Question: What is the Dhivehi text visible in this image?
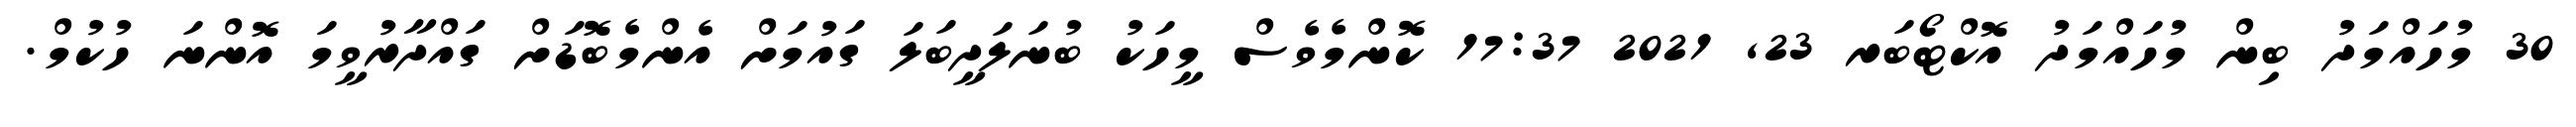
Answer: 30 މުހައްމަދު ބިން މުހައްމަދު އޮކްޓޯބަރ 23, 2021 17:37 ކޮންމެވެސް މީހަކު ބުނަލަދީބަލަ ގައުމަށް އެންމެބޮޑަށް ގައްދާރުވީމަ އޮންނަ ހުކުމް.